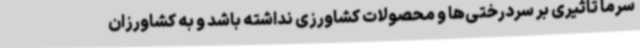
سرما تاثیری بر سردرختی‌ها و محصولات کشاورزی نداشته باشد و به کشاورزان